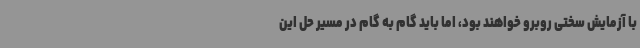
با آزمایش سختی روبرو خواهند بود، اما باید گام به گام در مسیر حل این